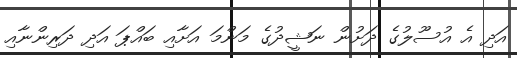
އަދި އެ އުސޫލުގެ ދަށުން ނަޝީދުގެ މަންމަ އަށާއި ބައްޕަ އަދި ދަރިންނާއި